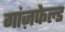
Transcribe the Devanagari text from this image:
गांज़फेल्ड